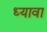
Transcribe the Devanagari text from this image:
ध्यावा